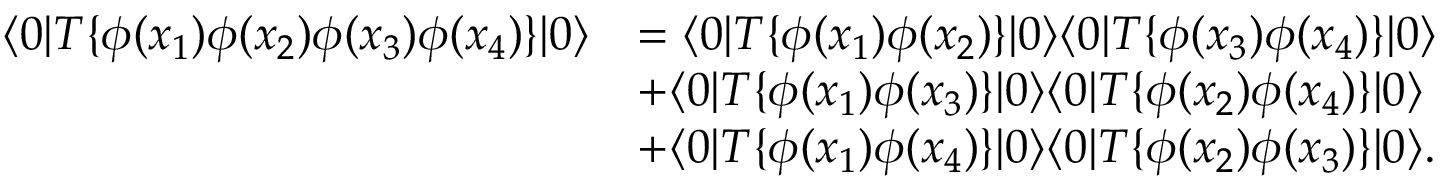
{ \begin{array} { r l } { \langle 0 | T \{ \phi ( x _ { 1 } ) \phi ( x _ { 2 } ) \phi ( x _ { 3 } ) \phi ( x _ { 4 } ) \} | 0 \rangle } & { = \langle 0 | T \{ \phi ( x _ { 1 } ) \phi ( x _ { 2 } ) \} | 0 \rangle \langle 0 | T \{ \phi ( x _ { 3 } ) \phi ( x _ { 4 } ) \} | 0 \rangle } \\ & { + \langle 0 | T \{ \phi ( x _ { 1 } ) \phi ( x _ { 3 } ) \} | 0 \rangle \langle 0 | T \{ \phi ( x _ { 2 } ) \phi ( x _ { 4 } ) \} | 0 \rangle } \\ & { + \langle 0 | T \{ \phi ( x _ { 1 } ) \phi ( x _ { 4 } ) \} | 0 \rangle \langle 0 | T \{ \phi ( x _ { 2 } ) \phi ( x _ { 3 } ) \} | 0 \rangle . } \end{array} }